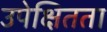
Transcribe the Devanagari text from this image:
उपेक्षितता